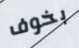
بخوف